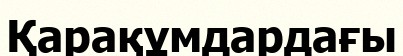
Қарақұмдардағы